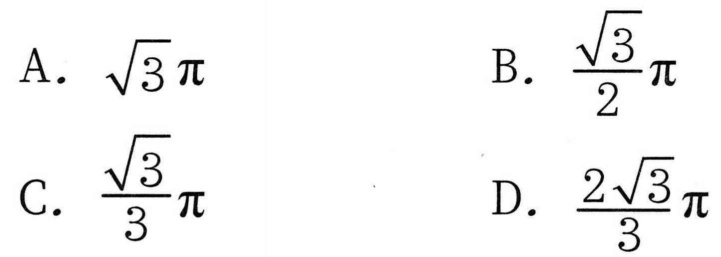
A. \(\sqrt{3}\pi\)  B. \(\frac{\sqrt{3}}{2}\pi\)
C. \(\frac{\sqrt{3}}{3}\pi\)  D. \(\frac{2\sqrt{3}}{3}\pi\)